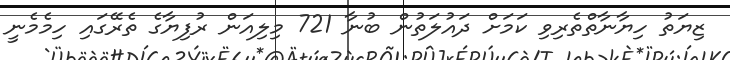
ޒިޔަތު ހިޔާނާތްތެރިވި ކަމަށް ދައުލަތުން ބުނާ 721 މިލިއަން ރުފިޔާގެ ތެރޭގައި ހިމެމެނީ